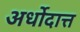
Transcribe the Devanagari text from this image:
अर्धोदात्त